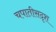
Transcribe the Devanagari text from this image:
चपातीसदृश